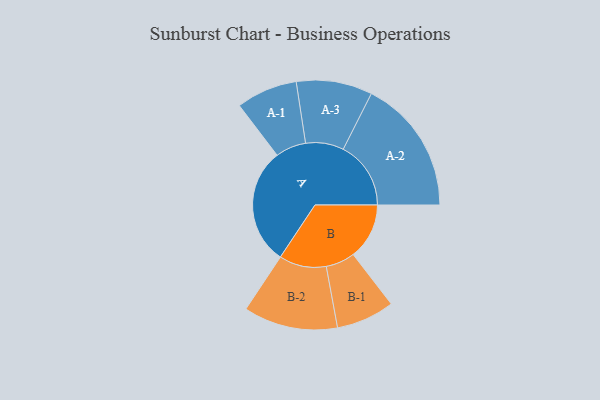
{"axis": {"x": "Segment", "y": "Value"}, "legend": ["", "A", "B"], "data": [{"x": "A", "y": 473, "type": ""}, {"x": "B", "y": 227, "type": ""}, {"x": "A-1", "y": 124, "type": "A"}, {"x": "A-2", "y": 274, "type": "A"}, {"x": "A-3", "y": 154, "type": "A"}, {"x": "B-1", "y": 118, "type": "B"}, {"x": "B-2", "y": 191, "type": "B"}]}